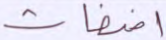
أضغاث